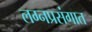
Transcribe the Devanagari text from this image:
लग्नप्रसंगात